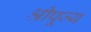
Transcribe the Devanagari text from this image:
श्रीपूज्य